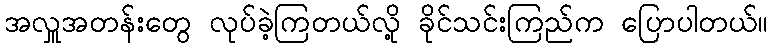
အလှူအတန်းတွေ လုပ်ခဲ့ကြတယ်လို့ ခိုင်သင်းကြည်က ပြောပါတယ်။